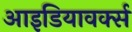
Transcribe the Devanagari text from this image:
आइडियावर्क्स